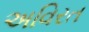
અવિરત